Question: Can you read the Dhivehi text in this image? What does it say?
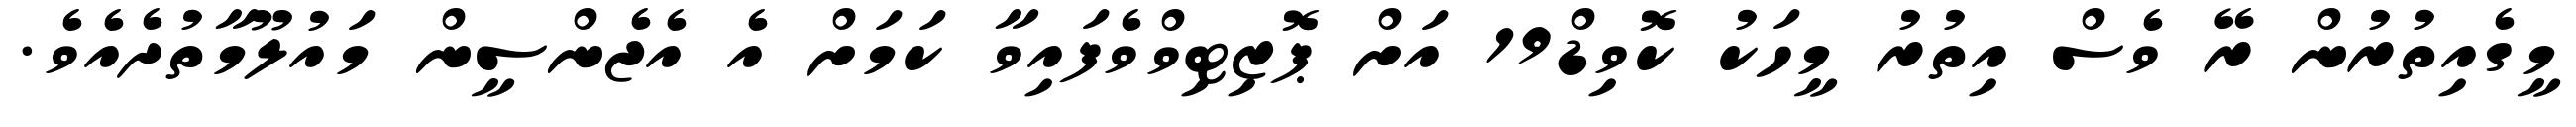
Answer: މީގެއިތުރުން ރޭ ވެސް އިތުރު މީހަކު ކޮވިޑް19 އަށް ޕޮޒިޓިވްވެފައިވާ ކަމަށް އެ އެޖެންސީން މައުލޫމާތުދެއެވެ.